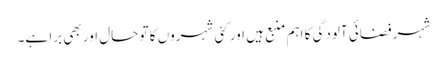
شہر فضائی آلودگی کا اہم منبع ہیں اور کئی شہروں کا تو حال اور بھی برا ہے۔